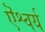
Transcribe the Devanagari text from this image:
ऎश्वर्य